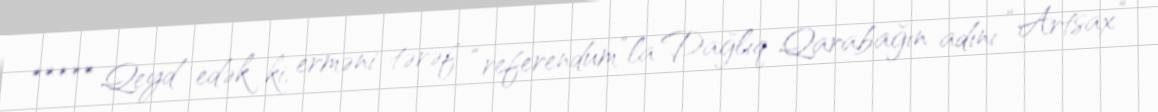
***** Qeyd edək ki, erməni tərəf “referendum”la Dağlıq Qarabağın adını “Artsax”